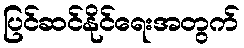
ပြင်ဆင်နိုင်ရေးအတွက်